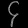
Digit: ၄